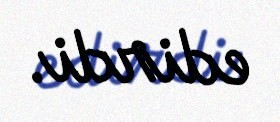
edirdi.